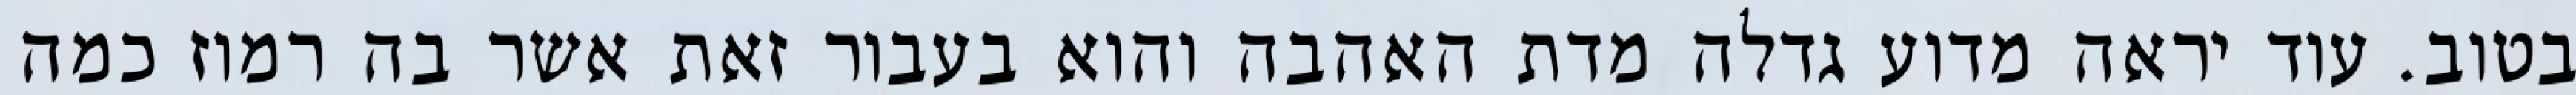
בטוב. עוד יראה מדוע גדלה מדת האהבה והוא בעבור זאת אשר בה רמוז כמה